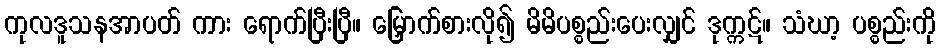
ကုလဒူသနအာပတ် ကား ရောက်ပြီးပြီ။ မြှောက်စားလို၍ မိမိပစ္စည်းပေးလျှင် ဒုက္ကဋ်။ သံဃာ့ ပစ္စည်းကို